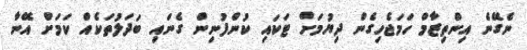
ނެގޭނެ އިންތިޒާމް ހަމަޖެހިގެން ދިޔުމަށް ޓަކައި ކުންފުނިން ގެނައި ބަދަލުތަކެއް ކަމަށް އޭނާ